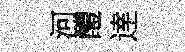
河醴逹